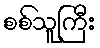
စစ်သူကြီး